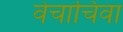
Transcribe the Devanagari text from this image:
वेचाचिवा